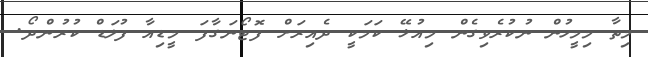
މިތާ މިމީހުން ނުކުރެވިގެން މިއުޅޭ ކަމަކީ ދެއިރަށް ފޮޓޯނަގާފަ މީޑިއާ ފުލަޑް ކުރުންދޯ.